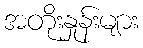
အတိုးနှုန်းများ